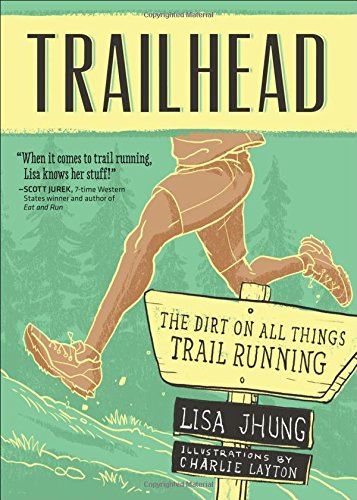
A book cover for Trailhead: The Dirt on All Things Trail Running; Lisa Jhung; Health, Fitness & Dieting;